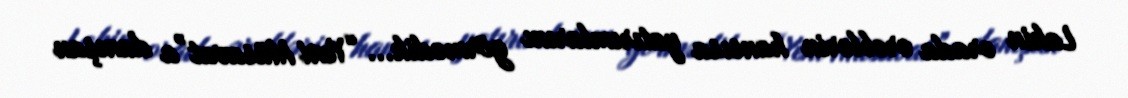
Lakin orada ərəblərin hansısa yatırımlarını görmədik... “Yeni Müsavat”a danışan